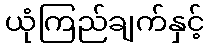
ယုံကြည်ချက်နှင့်